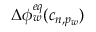
\Delta \phi _ { w } ^ { e q } ( c _ { n , p _ { w } } )